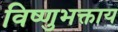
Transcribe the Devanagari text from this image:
विष्णुभक्ताय